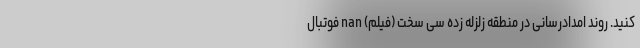
کنید. روند امدادرسانی در منطقه زلزله زده سی سخت (فیلم) nan فوتبال